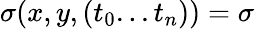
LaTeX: \sigma(x,y,(t_{0}...t_{n}))=\sigma